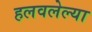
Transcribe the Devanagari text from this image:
हलवलेल्या